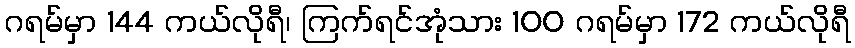
ဂရမ်မှာ 144 ကယ်လိုရီ၊ ကြက်ရင်အုံသား 100 ဂရမ်မှာ 172 ကယ်လိုရီ